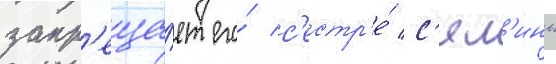
запр'еща́ет его́ с'естр'е́ с'ял'инь